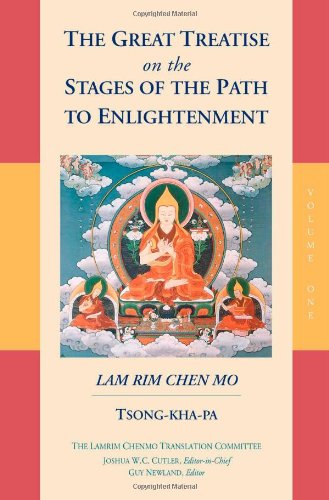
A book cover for The Great Treatise on the Stages of the Path to Enlightenment (Volume 1); Tsong-Kha-Pa; Religion & Spirituality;